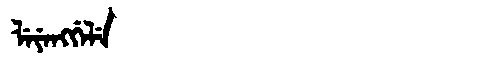
Manchu: ᠯᡝᠶᡝᠩᡤᡝᠯᡝ
Romanization: LEYENGGELE